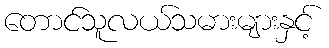
တောင်သူလယ်သမားများနှင့်